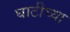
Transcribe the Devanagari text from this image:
घाटीच्या